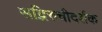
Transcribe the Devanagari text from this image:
सद्भिरुचीदर्शक